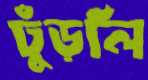
ঢুঁড়লি